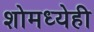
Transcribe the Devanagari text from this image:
शोमध्येही